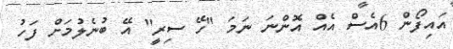
އައިފޯން 6އެސް އެއް އޮންނަ ނަމަ "ހޭ ސިރީ" އޭ ބުނެލުމަށް ފަހު